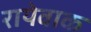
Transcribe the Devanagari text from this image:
रायेवाक